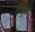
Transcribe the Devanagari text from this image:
तलुने